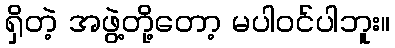
ရှိတဲ့ အဖွဲ့တို့တော့ မပါဝင်ပါဘူး။